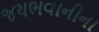
જયભવાનીના